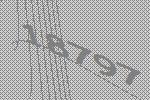
18797